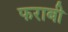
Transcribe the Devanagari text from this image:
फराबी